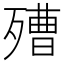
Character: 𣩒